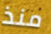
منذ